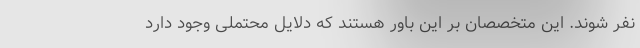
نفر شوند. این متخصصان بر این باور هستند که دلایل محتملی وجود دارد